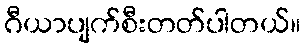
ဂီယာပျက်စီးတတ်ပါတယ်။